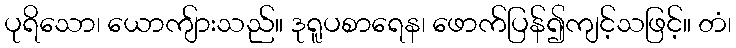
ပုရိသော၊ ယောကျ်ားသည်။ ဒုရူပစာရေန၊ ဖောက်ပြန်၍ကျင့်သဖြင့်။ တံ၊